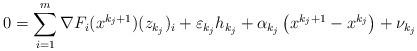
LaTeX: \begin{align*}0 = \sum_{i=1}^m \nabla F_i(x^{{k_j}+1})(z_{k_j})_i + \varepsilon_{k_j} h_{k_j} + \alpha_{k_j} \left(x^{{k_j}+1} - x^{k_j} \right) + \nu_{k_j} \end{align*}